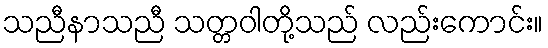
သညီနာသညီ သတ္တဝါတို့သည် လည်းကောင်း။